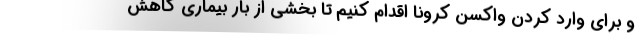
و برای وارد کردن واکسن کرونا اقدام کنیم تا بخشی از بار بیماری کاهش